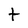
Character: t